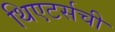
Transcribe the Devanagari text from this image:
थिएटर्सची